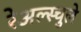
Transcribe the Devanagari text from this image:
रेअल्स्चुले